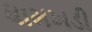
ધામખડી